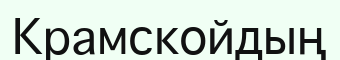
Крамскойдың